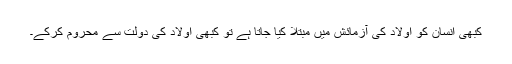
کبھی انسان کو اولاد کی آزمائش میں مبتلا کیا جاتا ہے تو کبھی اولاد کی دولت سے محروم کرکے۔